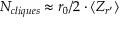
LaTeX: N _ { c l i q u e s } \approx r _ { 0 } / 2 \cdot \langle Z _ { r ^ { \prime } } \rangle